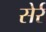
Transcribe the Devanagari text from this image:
सेर्र